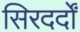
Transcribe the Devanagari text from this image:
सिरदर्दों